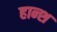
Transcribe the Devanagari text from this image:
हान्श